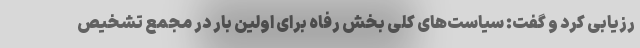
رزیابی کرد و گفت: سیاست‌های کلی بخش رفاه برای اولین بار در مجمع تشخیص